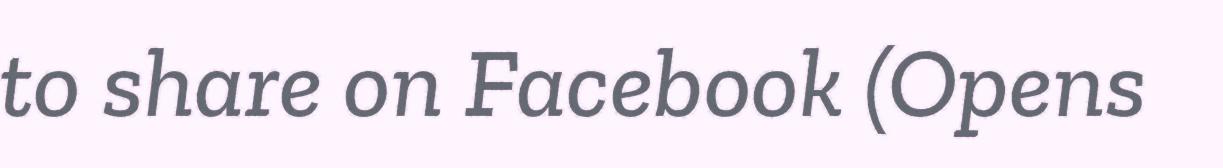
to share on Facebook (Opens